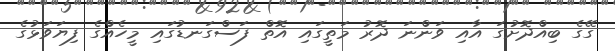
ގޭގެ ބިއްދޮށުގަ އާއި ވަންނަ ދޮރު މަތީގައި އޮތް ފަސްގަނޑުގައި މީހެއްގެ ފިޔަވަޅުގެ